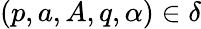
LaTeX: (p,a,A,q,\alpha)\in\delta